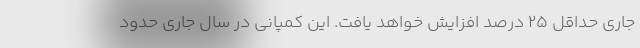
جاری حداقل 25 درصد افزایش خواهد یافت. این کمپانی در سال جاری حدود